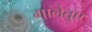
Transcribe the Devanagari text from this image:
गालेतुए